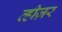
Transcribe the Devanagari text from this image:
व्हीज़र